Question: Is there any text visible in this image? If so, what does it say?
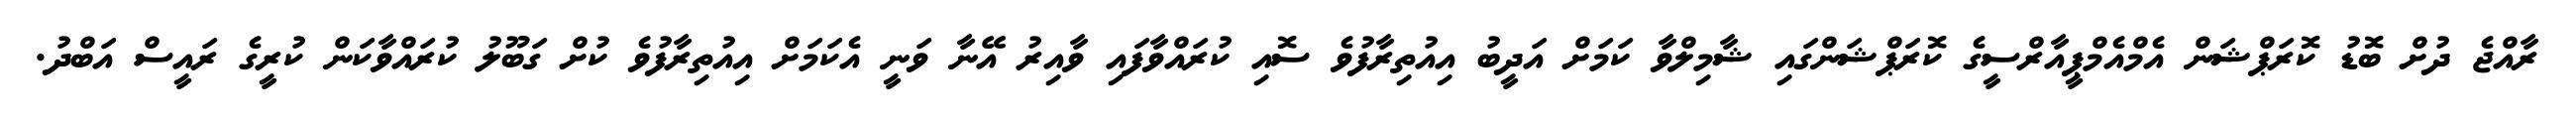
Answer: ރާއްޖެ ދުށް ބޮޑު ކޮރަޕްޝަން އެމްއެމްޕީއާރްސީގެ ކޮރަޕްޝަންގައި ޝާމިލްވާ ކަމަށް އަދީބު އިއުތިރާފުވެ ސޮއި ކުރައްވާފައި ވާއިރު އޭނާ ވަނީ އެކަމަށް އިއުތިރާފުވެ ކުށް ގަބޫލު ކުރައްވާކަން ކުރީގެ ރައީސް އަބްދު.